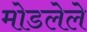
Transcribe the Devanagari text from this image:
मोडलेले